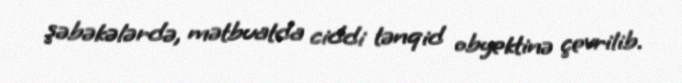
şəbəkələrdə, mətbuatda ciddi tənqid obyektinə çevrilib.